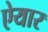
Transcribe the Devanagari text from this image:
ऐयार